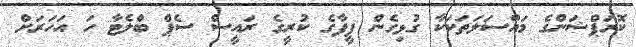
ކޮރަޕްޝަންގެ މައްސަލަތަކަކާ ގުޅިގެން ފީފާގެ ކުރީގެ ރައީސް ސެޕް ބްލެޓާ ހަ އަހަރަށް